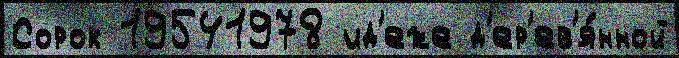
Сорок 19541978 ид'еже д'ер'ев'я́нной